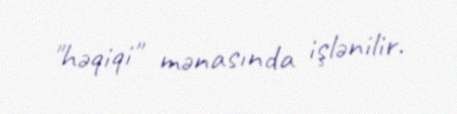
"həqiqi" mənasında işlənilir.